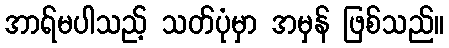
အာရ်မပါသည့် သတ်ပုံမှာ အမှန် ဖြစ်သည်။